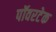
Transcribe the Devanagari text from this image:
पॉवरटेक